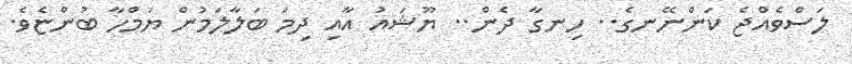
ލަސްވެއްޖެ ކަންނޭނގެ.. ހިނގާ ދެން.. ޔޫޝައު އާއި ދިމަ ބަލާލަމުން ޔަމްހާ ބުންޏެވެ.